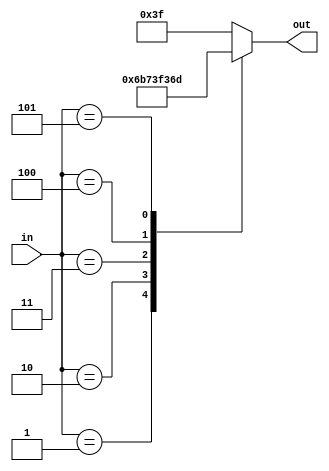
/*
   This file was generated automatically by the Mojo IDE version B1.3.6.
   Do not edit this file directly. Instead edit the original Lucid source.
   This is a temporary file and any changes made to it will be destroyed.
*/

module digit_lut_25 (
    input [2:0] in,
    output reg [6:0] out
  );
  
  
  
  always @* begin
    out = 1'h0;
    
    case (in)
      1'h0: begin
        out = 7'h3f;
      end
      1'h1: begin
        out = 7'h06;
      end
      2'h2: begin
        out = 7'h5b;
      end
      2'h3: begin
        out = 7'h4f;
      end
      3'h4: begin
        out = 7'h66;
      end
      3'h5: begin
        out = 7'h6d;
      end
      default: begin
        out = 7'h3f;
      end
    endcase
  end
endmodule